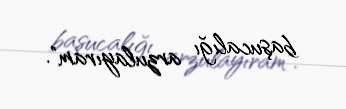
başucalığı arzulayıram".